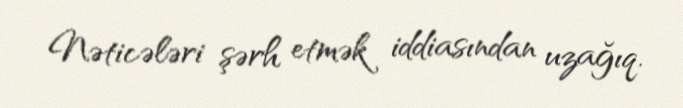
Nəticələri şərh etmək iddiasından uzağıq.